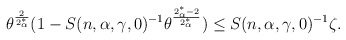
\begin{align*} \begin{aligned} &\theta^{\frac{2}{2^*_\alpha}} (1- S(n,\alpha,\gamma,0)^{-1} \theta^{\frac{2^*_\alpha - 2}{2^*_\alpha}}) \le S(n,\alpha,\gamma,0)^{-1} \zeta. \end{aligned}\end{align*}